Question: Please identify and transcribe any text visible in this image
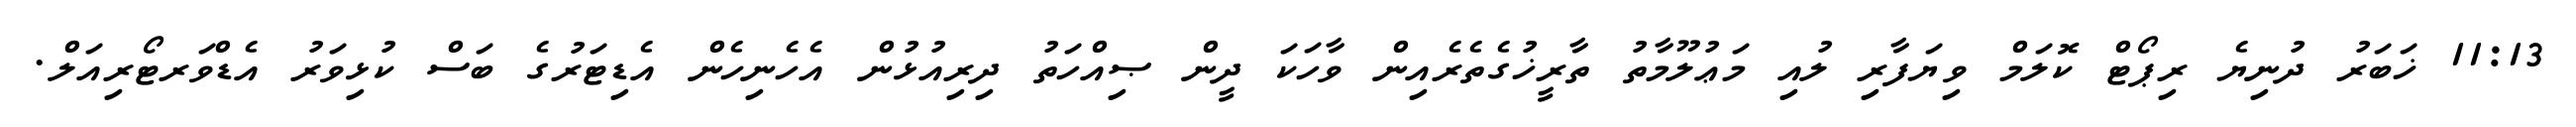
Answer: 11:13 ޚަބަރު ދުނިޔެ ރިޕޯޓް ކޮލަމް ވިޔަފާރި ލުއި މަޢުލޫމާތު ތާރީޚުގެތެރެއިން ވާހަކަ ދީން ޞިއްހަތު ދިރިއުޅުން އެހެނިހެން އެޑިޓަރުގެ ބަސް ކުޅިވަރު އެޑްވަރޓޯރިއަލް.